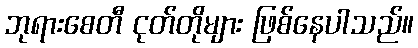
ဘုရားစေတီ ငုတ်တိုများ ဖြစ်နေပါသည်။